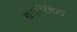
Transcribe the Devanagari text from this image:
बास्नियां